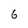
Character: 6